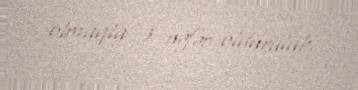
olmaqla 3 nəfər öldürülüb.